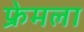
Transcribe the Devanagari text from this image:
फ्रेमला